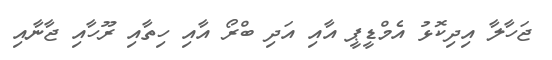
ޖަހާލާ އިދިކޮޅު އެމްޑީޕީ އާއި އަދި ބްރޯ އާއި ހިތާއި ރޫހާއި ޖާނާއި